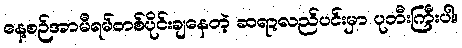
နေ့စဉ်အာမီရမ်တစ်ပိုင်းချနေတဲ့ ဆရာ့လည်ပင်းမှာ ပုတီးကြီးပါ။